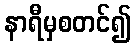
နာရီမှစတင်၍